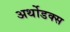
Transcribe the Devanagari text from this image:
अर्थोडक्स